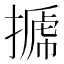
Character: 𢲽